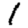
Digit: 1